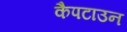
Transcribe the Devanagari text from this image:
कैपटाउन